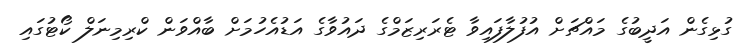
ގުޅިގެން އަދީބުގެ މައްޗަށް އުފުލާފައިވާ ޓެރަރިޒަމްގެ ދައުވާގެ އަޑުއެހުމަށް ބާއްވަން ކްރިމިނަލް ކޯޓުގައި